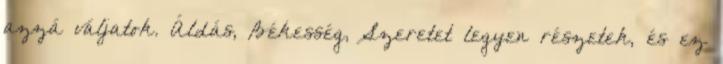
azzá váljatok. Áldás, Békesség, Szeretet legyen részetek, és ez